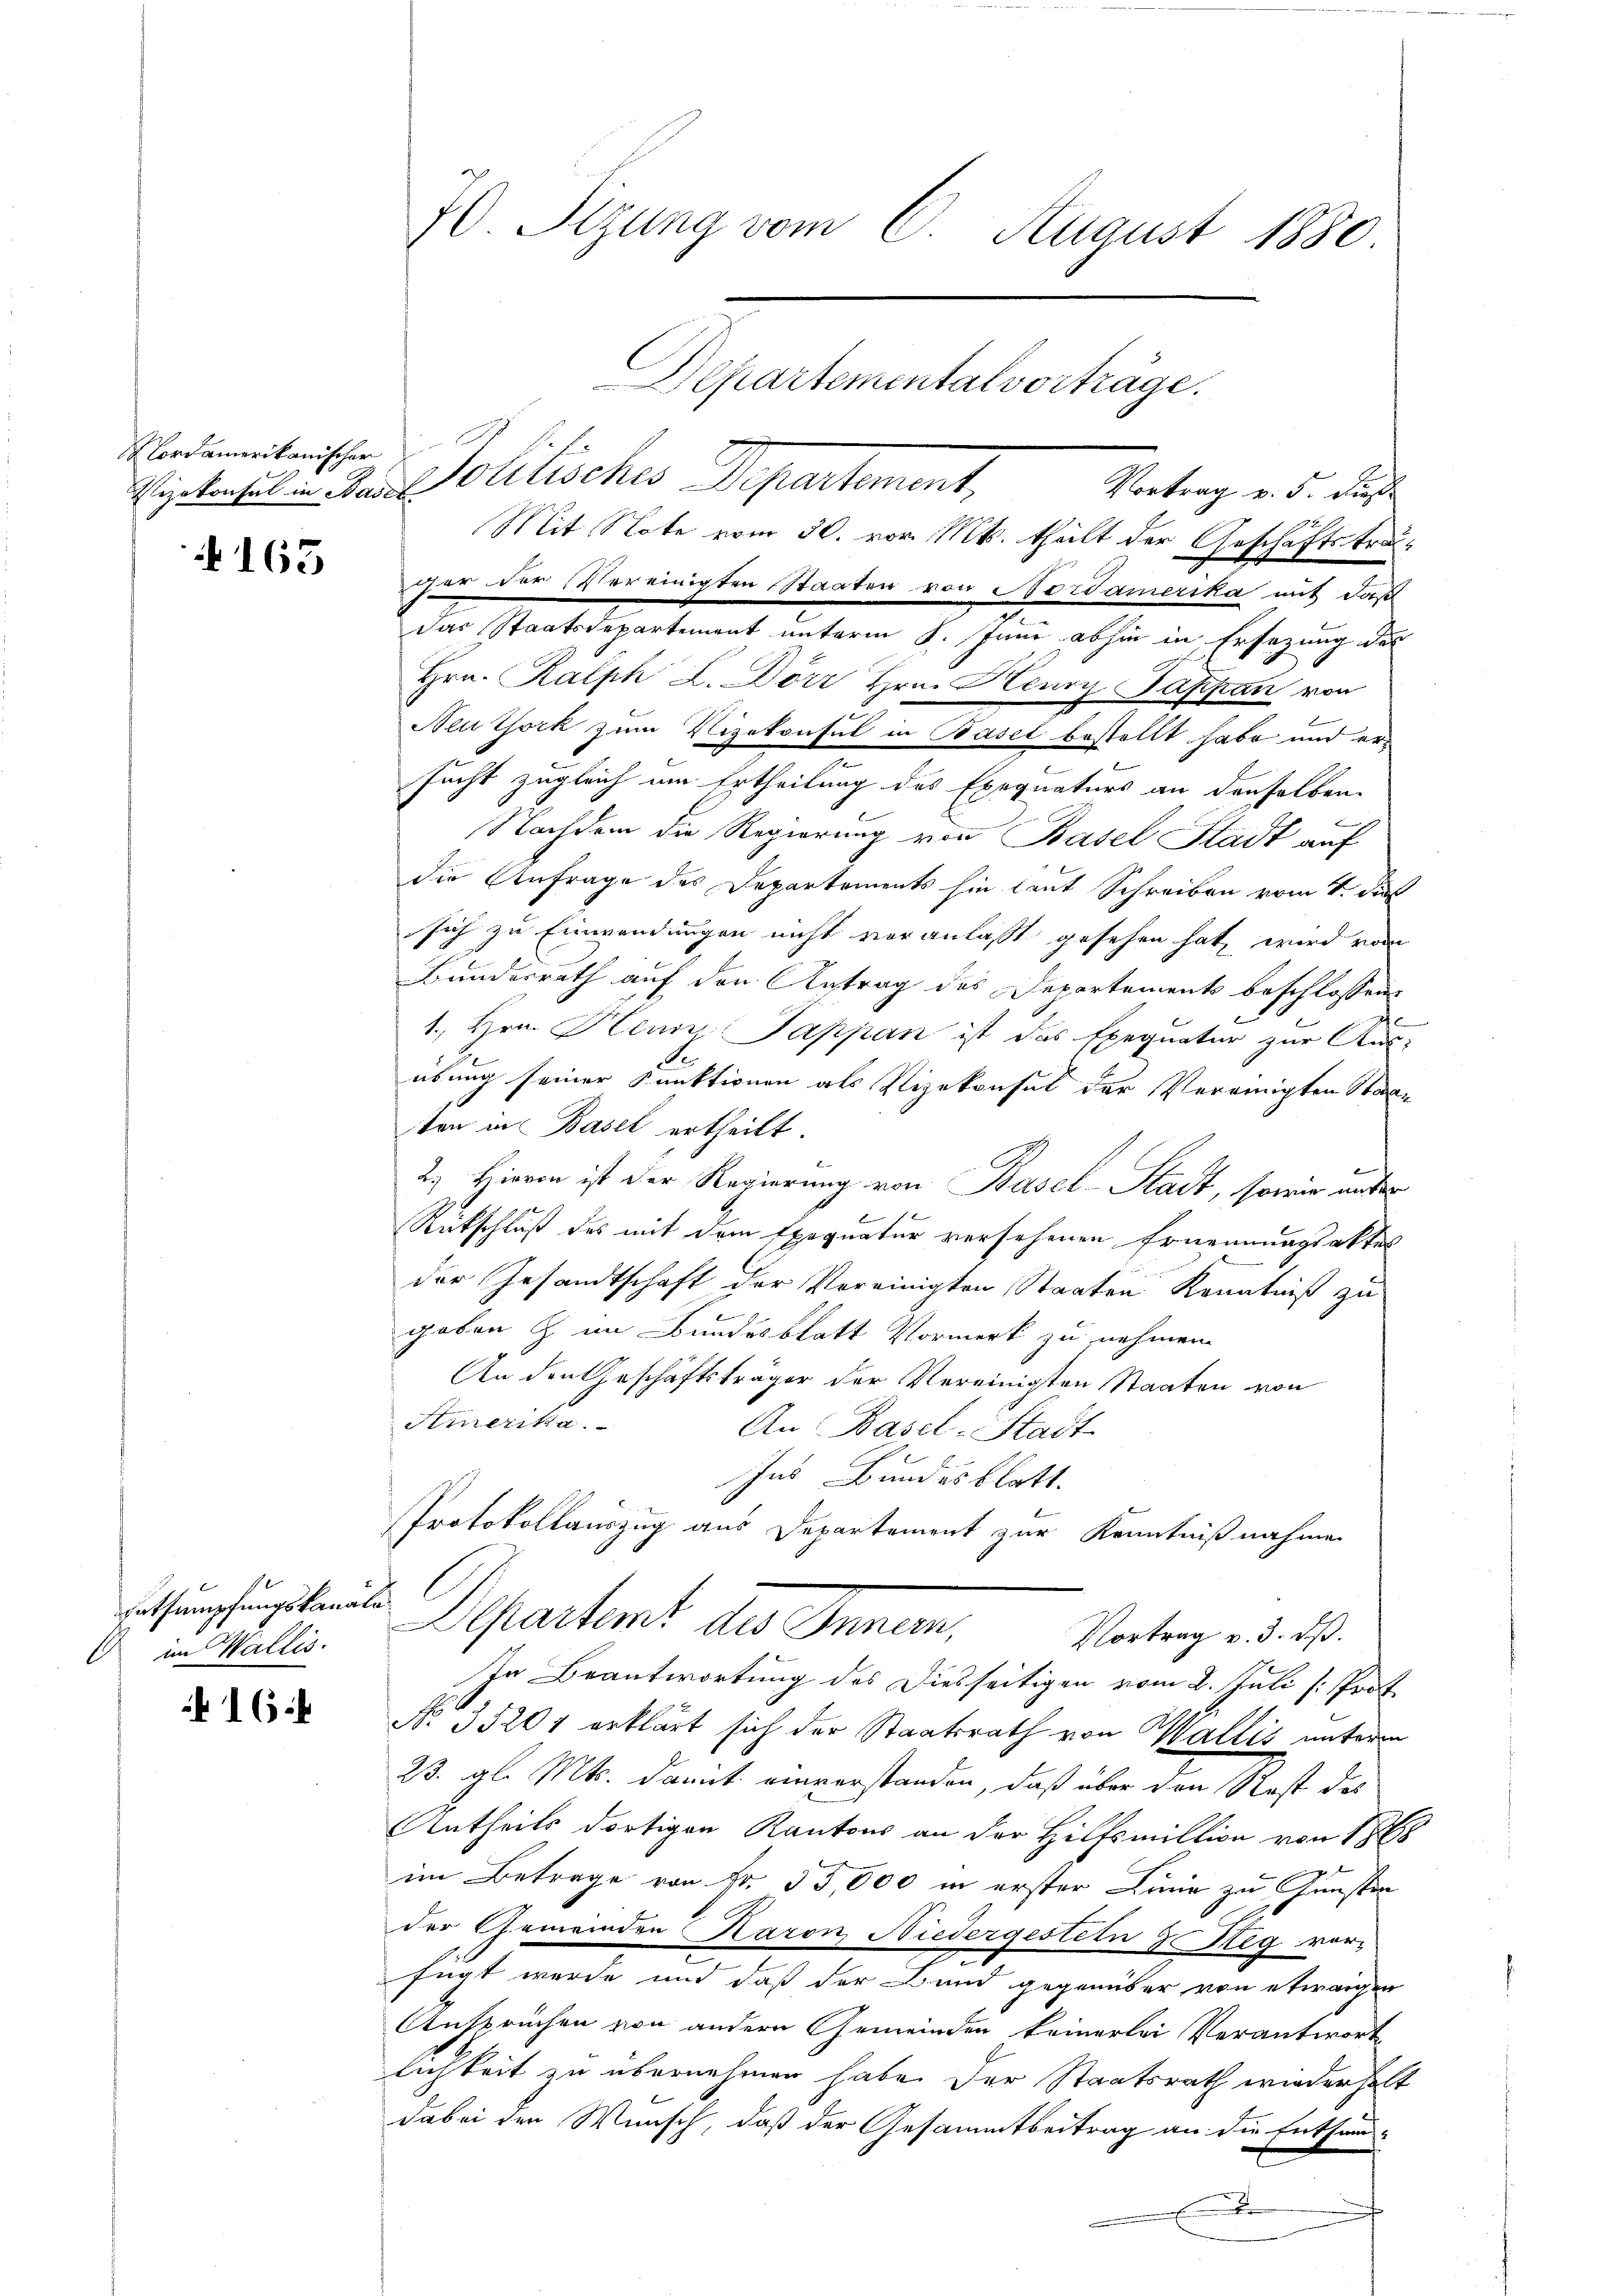
Cordamerikanischer
Vizekonsul in Basel

165

Entsumpfungskanäle
 im Wallis.

16

70. Sizung vom 6. August 1880
Departemental vorträge.

Solitischen Departement,
cher der Vereinigten Staaten von Nordamerika mit daß
das Staatsdepartement unterm 8. Juni abhin in Ersezung des
Hrn. Ralph L. Dörr Hrn. Henry Pappan von
Neuthork zum Vizekonsul in Basel bestellt habe und ersucht zugleich um Ertheilung des Exequaturs an denselben
Nachdem die Regierung von Basel Stadt auf
die Anfrage des Departements hin laut Schreiben vom 4. di
sich zu Einwendungen nicht veranlaßt gesehen hat, wird vom
Bundesrath auf den Antrag des Departements beschlossen
1. Hrn. Henn, Pappan ist das Exequatur zur Aus-
.
übung seiner Funktionen als Vizekonsul der Vereinigten Staaten in Basel ertheilt.
2.) Hievon ist der Regierung von Basel-Stadt, sowie unter

Rückschluß des mit dem Exequatur versehenen Ernennungsaktes
der Gesandtschaft der Vereinigten Staaten Kenntniß zu
gaben & im Bundesblatt Vormerk zu nehmen.
An den Geschäftsträger der Vereinigten Staaten von
Amerika.
An Basel-Stadt.
Ins Bundesblatt.
Protokollauszug aus Departement zur Kenntnißnahme
Departent des Innern,
Vortrag v. 3. dß.
In Beantwortung des Diesseitigen vom 2. Juli [Prof.
No. 35201 erklärt sich der Staatsrath von Wallis unterm
23. gl. Mts. damit einverstanden, daß über den Rest des
Antheils dortigen Kantons an der Hilfsmillion von 188
im Betrage von Fr. 55000 in erster Linie zu Gunsten
der Gemeinden Karon Niedergesteln & Reg ver-
fügt wurde und daß der Band gegenüber von etwaigen
Ansprüchen von andern Gemeinden keinerlei Verantworte
lichkeit zu übernehmen habe. Der Staatsrath wiederholt
dabei den Wunsch, daß der Gesammtbeitrag an die Entsanx

Vortrag v. 5. dies
Mit Note vom 30. vor. Mts. theilt der Geschäftstra¬